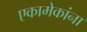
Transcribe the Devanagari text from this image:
एकामेकांना